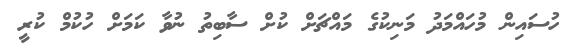
ހުސައިން މުހައްމަދު މަނިކުގެ މައްޗަށް ކުށް ސާބިތު ނުވާ ކަމަށް ހުކުމް ކުރީ